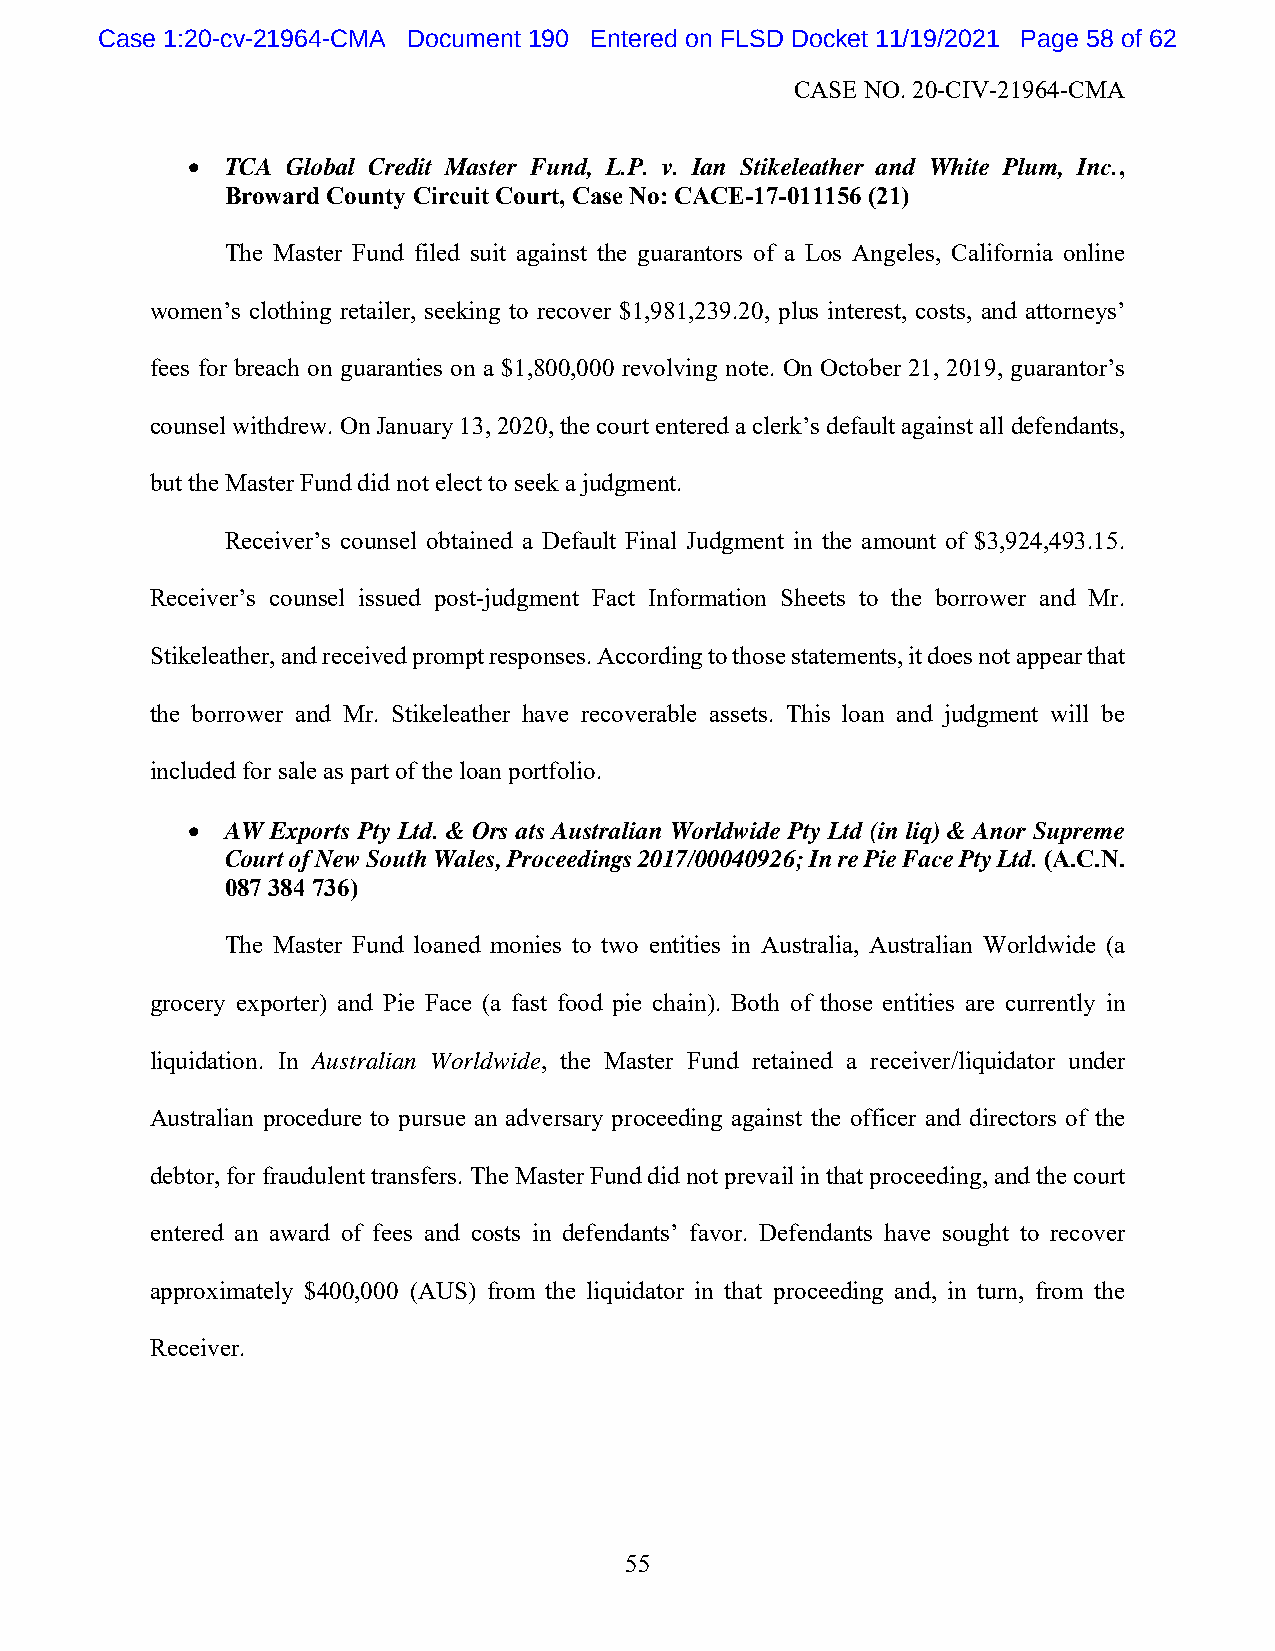
Case 1:20-cv-21964-CMA Document 190 Entered on FLSD Docket 11/19/2021 Page 58 of 62
 CASE NO. 20-CIV-21964-CMA
   TCA Global Credit Master Fund, L.P. v. Ian Stikeleather and White Plum, Inc.,
 Broward County Circuit Court, Case No: CACE-17-011156 (21)
 The Master Fund filed suit against the guarantors of a Los Angeles, California online
 women’s clothing retailer, seeking to recover $1,981,239.20, plus interest, costs, and attorneys’
 fees for breach on guaranties on a $1,800,000 revolving note. On October 21, 2019, guarantor’s
 counsel withdrew. On January 13, 2020, the court entered a clerk’s default against all defendants,
 but the Master Fund did not elect to seek a judgment.
 Receiver’s counsel obtained a Default Final Judgment in the amount of $3,924,493.15.
 Receiver’s counsel issued post-judgment Fact Information Sheets to the borrower and Mr.
 Stikeleather, and received prompt responses. According to those statements, it does not appear that
 the borrower and Mr. Stikeleather have recoverable assets. This loan and judgment will be
 included for sale as part of the loan portfolio.
   AW Exports Pty Ltd. & Ors ats Australian Worldwide Pty Ltd (in liq) & Anor Supreme
 Court of New South Wales, Proceedings 2017/00040926; In re Pie Face Pty Ltd. (A.C.N.
 087 384 736)
 The Master Fund loaned monies to two entities in Australia, Australian Worldwide (a
 grocery exporter) and Pie Face (a fast food pie chain). Both of those entities are currently in
 liquidation. In Australian Worldwide, the Master Fund retained a receiver/liquidator under
 Australian procedure to pursue an adversary proceeding against the officer and directors of the
 debtor, for fraudulent transfers. The Master Fund did not prevail in that proceeding, and the court
 entered an award of fees and costs in defendants’ favor. Defendants have sought to recover
 approximately $400,000 (AUS) from the liquidator in that proceeding and, in turn, from the
 Receiver.
 55